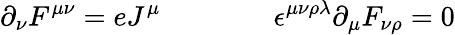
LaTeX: \partial_{\nu}F^{\mu\nu}=eJ^{\mu}\qquad\qquad\epsilon^{\mu\nu\rho\lambda}\partial_{\mu}F_{\nu\rho}=0